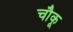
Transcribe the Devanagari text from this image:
चौकू